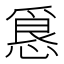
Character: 𭞀